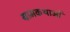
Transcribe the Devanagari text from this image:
ग्रामकथाओं